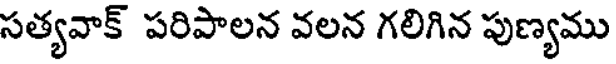
సత్యవాక్ పరిపాలన వలన గలిగిన పుణ్యము